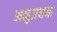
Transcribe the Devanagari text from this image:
अनुप्रयक्त